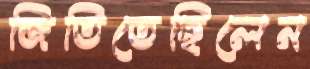
জিতিতেছিলেন